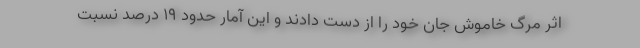
اثر مرگ خاموش جان خود را از دست دادند و این آمار حدود ١٩ درصد نسبت